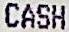
CASH